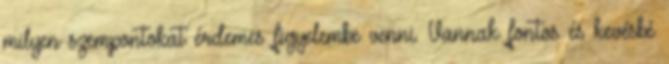
milyen szempontokat érdemes figyelembe venni. Vannak fontos és kevésbé